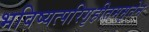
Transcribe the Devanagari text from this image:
भविष्यत्परिगृहीतममृतेन